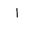
Letter: _alif